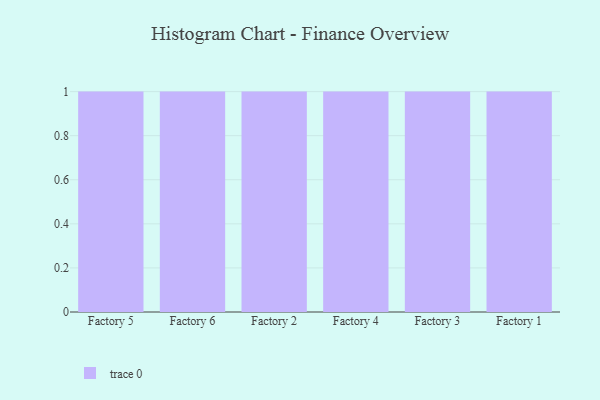
{"axis": {"x": "Factory", "y": "Operating Costs (USD K)"}, "legend": [""], "data": [{"x": "Factory 5", "y": 37, "type": ""}, {"x": "Factory 6", "y": 7, "type": ""}, {"x": "Factory 2", "y": 84, "type": ""}, {"x": "Factory 4", "y": 44, "type": ""}, {"x": "Factory 3", "y": 15, "type": ""}, {"x": "Factory 1", "y": 53, "type": ""}]}